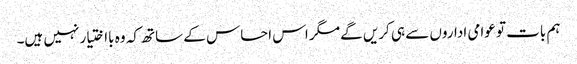
ہم بات تو عوامی اداروں سے ہی کریں گے مگر اس احساس کے ساتھ کہ وہ بااختیار نہیں ہیں۔